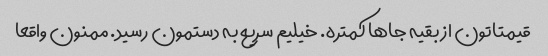
قیمتاتون از بقیه جاها کمتره. خیلیم سریع به دستمون رسید. ممنون واقعا